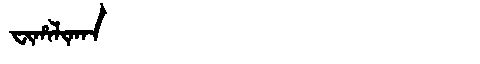
Manchu: ᠸᡳᡥᠠᠯᡳᡴᠠᠨ
Romanization: FIHALIKAN